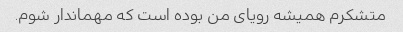
متشکرم همیشه رویای من بوده است که مهماندار شوم.